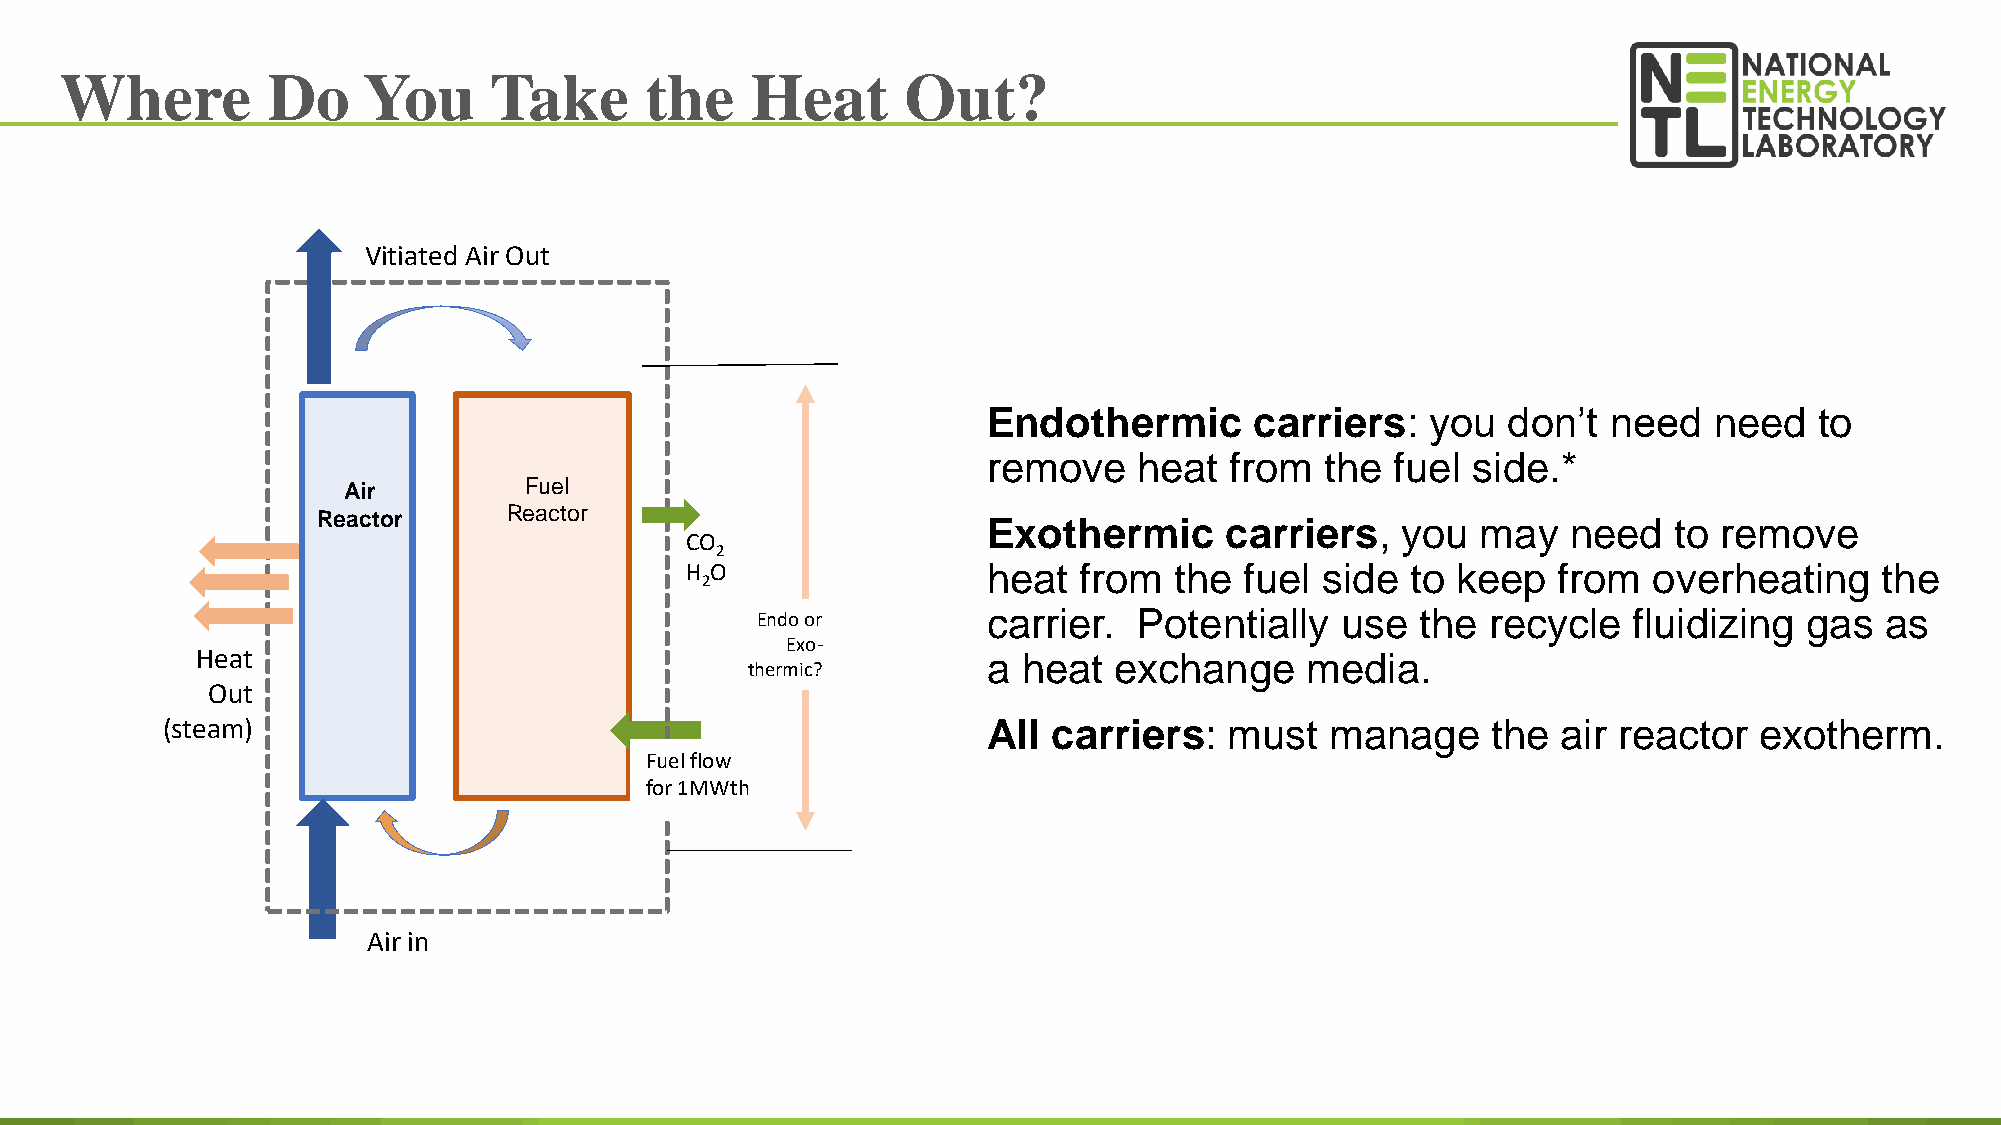
Where         Do    You     Take       the    Heat      Out?
 Vitiated Air Out
 Endothermic       carriers:   you  don’t  need  need   to
 remove    heat  from   the fuel side.*
 Air         Fuel
 Reactor      Reactor
 Exothermic      carriers,   you  may   need   to remove
 CO
 2
 H O                 heat  from   the fuel side  to keep   from  overheating     the
 2
 Endo or        carrier.  Potentially   use  the  recycle  fluidizing  gas  as
 Exo-
 Heat                                                a  heat  exchange    media.
 thermic?
 Out
 (steam)                                               All  carriers:  must   manage     the air reactor  exotherm.
 Fuel flow
 for 1MWth
 Air in
 69